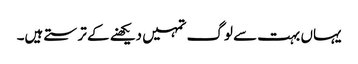
یہاں بہت سے لوگ تمہیں دیکھنے کے ترستے ہیں۔